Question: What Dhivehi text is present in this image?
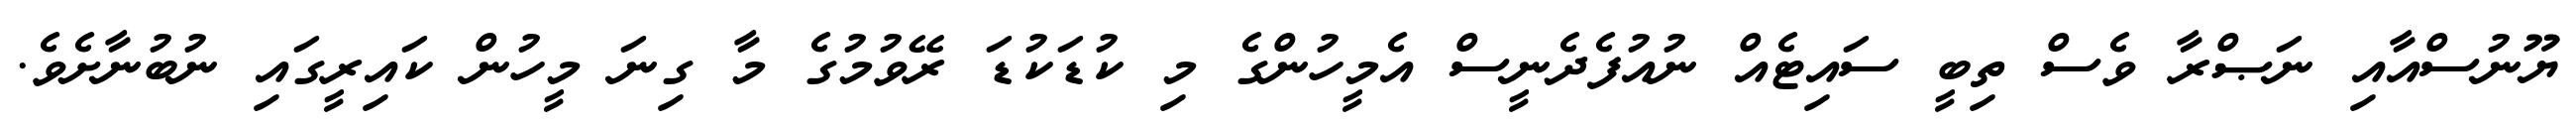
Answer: ޔޫނުސްއާއި ނަޞްރާ ވެސް ތިބީ ސައިޓެއް ނުއުފެދެނީސް އެމީހުންގެ މި ކުޑަކުޑަ ރޭވުމުގެ މާ ގިނަ މީހުން ކައިރީގައި ނުބުނާށެވެ.